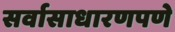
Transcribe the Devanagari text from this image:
सर्वासाधारणपणे